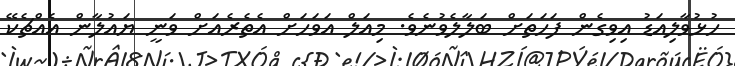
ހުޅުވާލިއަޑު އިވިގެން ފަހަތަށް ބަލާލެވުނެވެ. މިއަލް އަވަހަށް އެތެރެއަށް ވަނީ ޔައުލާން އެއްޗެކޭ